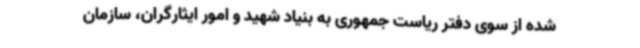
شده از سوی دفتر ریاست جمهوری به بنیاد شهید و امور ایثارگران، سازمان